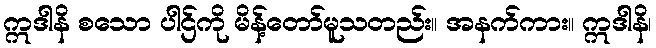
ဣဒါနိ စသော ပါဌ်ကို မိန့်တော်မူသတည်း။ အနက်ကား။ ဣဒါနိ၊